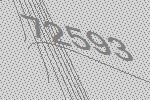
72593